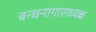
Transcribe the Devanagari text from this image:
बन्धनागाराध्यक्ष